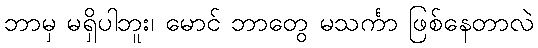
ဘာမှ မရှိပါဘူး၊ မောင် ဘာတွေ မသင်္ကာ ဖြစ်နေတာလဲ